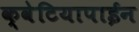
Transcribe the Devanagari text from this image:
क्वेटियापाईन